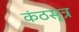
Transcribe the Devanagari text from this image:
कंठसूत्र